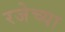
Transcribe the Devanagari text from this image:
रजेच्या